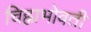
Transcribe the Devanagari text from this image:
चिह्नाभोवती